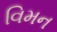
વિમન